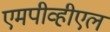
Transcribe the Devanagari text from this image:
एमपीव्हीएल